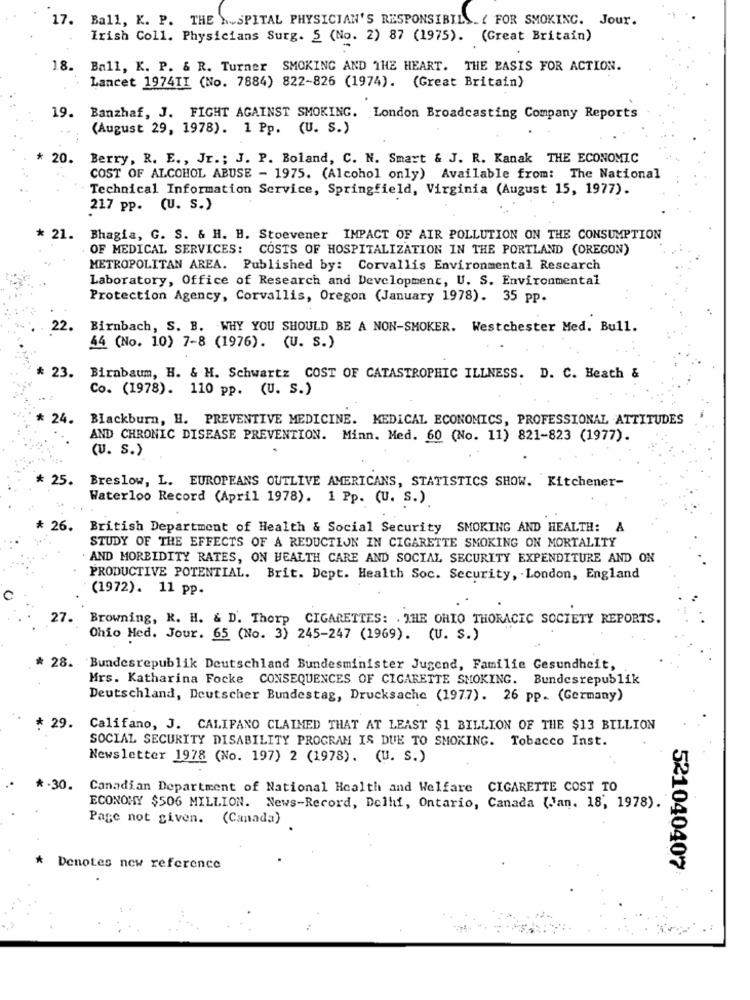
17. Ball, K. P. THE \ SPITAL PHYSICIAN'S RESPONSIBIL .. { FOR SMOKING. Jour.
Irish Coll. Physicians Surg. 5 (No. 2) 87 (1975). (Great Britain)
18. Ball, K. P. & R. Turner SMOKING AND THE HEART. THE BASIS FOR ACTION.
Lancet 1974II (No. 7884) 822-826 (1974). (Great Britain)
19. Banzhaf, J. FIGHT AGAINST SMOKING. London Broadcasting Company Reports
(August 29, 1978). 1 Pp. (U. S.)
* 20. Berry, R. E ., Jr .; J. P. Boland, C. N. Smart & J. R. Kanak THE ECONOMIC
COST OF ALCOHOL ABUSE - 1975. (Alcohol only) Available from: The National
Technical Information Service, Springfield, Virginia (August 15, 1977).
217 pp. (U. S.)
* 21. Bhagia, G. S. & H. H. Stoevener IMPACT OF AIR POLLUTION ON THE CONSUMPTION
OF MEDICAL SERVICES: COSTS OF HOSPITALIZATION IN THE PORTLAND (OREGON)
METROPOLITAN AREA. Published by: Corvallis Environmental Research
Laboratory, Office of Research and Development, U. S. Environmental
Protection Agency, Corvallis, Oregon (January 1978). 35 pp.
22.
Birnbach, S. B. WHY YOU SHOULD BE A NON-SMOKER. Westchester Med. Bull.
44 (No. 10) 7-8 (1976). (U. S.)
* 23.
Birnbaum, H. & H. Schwartz COST OF CATASTROPHIC ILLNESS. D. C. Heath &
Co. (1978). 110 pp. (U. S.)
24.
Blackburn, H. PREVENTIVE MEDICINE. MEDICAL ECONOMICS, PROFESSIONAL ATTITUDES
AND CHRONIC DISEASE PREVENTION. Minn. Med. 60 (No. 11) 821-823 (1977).
(U. S.)
25. Breslow, L. EUROPEANS OUTLIVE AMERICANS, STATISTICS SHOW. Kitchener-
Waterloo Record (April 1978). 1 Pp. (U. S.)
26. British Department of Health & Social Security SMOKING AND HEALTH: A
STUDY OF THE EFFECTS OF A REDUCTION IN CIGARETTE SMOKING ON MORTALITY
AND MORBIDITY RATES, ON HEALTH CARE AND SOCIAL SECURITY EXPENDITURE AND ON
PRODUCTIVE POTENTIAL. Brit. Dept. Health Soc. Security, London, England
(1972). 11 pp.
0
27.
Browning, R. H. & D. Thorp CIGARETTES: . THE OHIO THORACIC SOCIETY REPORTS.
Ohio Med. Jour. 65 (No. 3) 245-247 (1969). (U. S.)
28. Bundesrepublik Deutschland Bundesminister Jugend, Familie Gesundheit,
Mrs. Katharina Focke CONSEQUENCES OF CIGARETTE SMOKING. Bundesrepublik
Deutschland, Deutscher Bundestag, Drucksache (197.7). 26 pp. (Germany)
29.
Califano, J. CALIFANO CLAIMED THAT AT LEAST $1 BILLION OF THE $13 BILLION
SOCIAL SECURITY DISABILITY PROGRAM IS DUE TO SMOKING. Tobacco Inst.
Newsletter 1978 (No. 197) 2 (1978). (U. S.)
30.
Canadian Department of National Health and Welfare CIGARETTE COST TO
ECONOMY $506 MILLION. News-Record, Delhi, Ontario, Canada (Jan. 18, 1978).
Page not given. (Canada)
* Denotes new reference
521040407